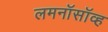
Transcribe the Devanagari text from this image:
लमनॉसॉव्ह